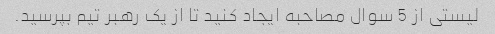
لیستی از 5 سوال مصاحبه ایجاد کنید تا از یک رهبر تیم بپرسید.